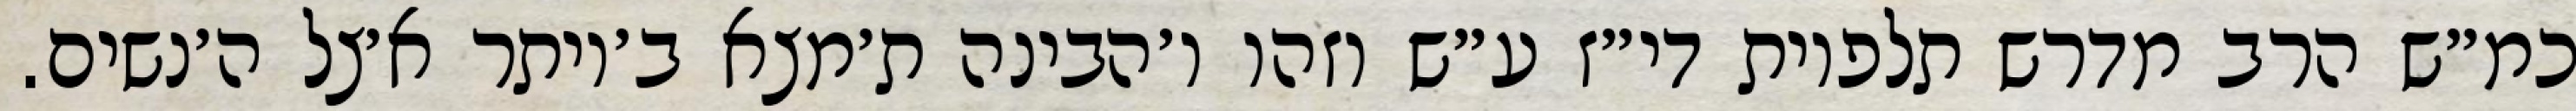
כמ״ש הרב מדרש תלפיות די״ז ע״ש וזהו ו׳הבינה ת׳מצא ב׳יותר א׳צל ה׳נשים.